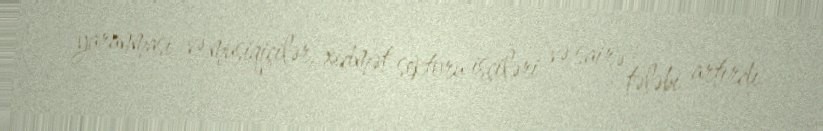
yaranması və musiqiçilər, xidmət sektoru işçiləri və sairə tələbi artırdı.